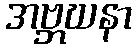
အဗ္ဘဃနာ